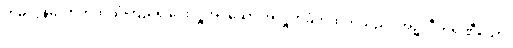
တမလွန်လောကကိုယုံကြည်၍ပေးလှူအပ်သော အလှူကိုခံကိုထိုက်သည်။ အဉ္ဇလီကရဏီယော၊